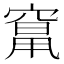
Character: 𱷌